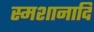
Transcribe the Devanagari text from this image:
स्मशानादि